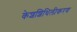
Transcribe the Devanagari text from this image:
केशशिथिलीकरण